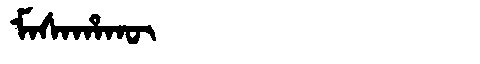
Manchu: ᠮᠠᠰᠠᡥᠠᡴᡡ
Romanization: MASAHAKŪ